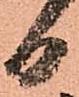
日